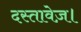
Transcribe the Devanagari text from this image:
दस्तावेज़।